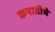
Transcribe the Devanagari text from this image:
कपातीचे